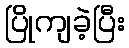
ပြိုကျခဲ့ပြီး